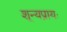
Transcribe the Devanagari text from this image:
शून्यप्रायः